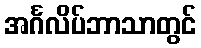
အင်္ဂလိပ်ဘာသာတွင်